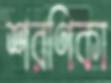
শরণিকা